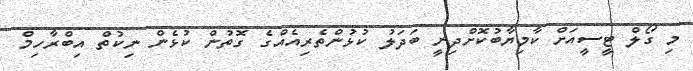
މި ގޯލް ޓީސީއަށް ކާމިޔާބުކޮށްދިނީ ބަދަލު ކުޅުންތެރިއެއްގެ ގޮތުން ކުޅެން ނިކުތް އިބްރާހިމް